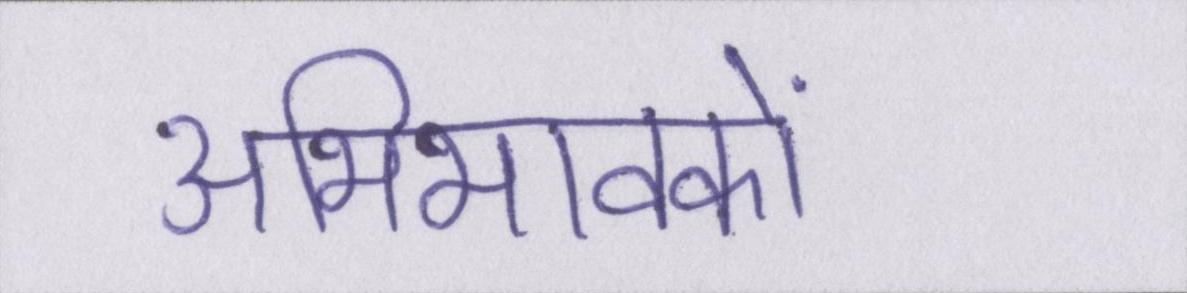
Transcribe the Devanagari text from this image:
अभिभावकों